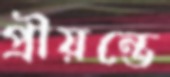
প্রীয়ন্তে